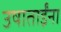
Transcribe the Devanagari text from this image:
उषाताईंना